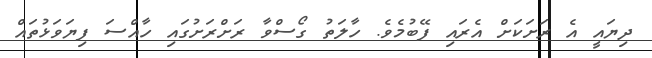
ދިޔައީ އެ ރަށަކަށް އެރައި ފޭބުމެވެ. ހާލަތު ގޯސްވާ ރަށްރަށުގައި ހާއްސަ ފިޔަވަޅުތައް